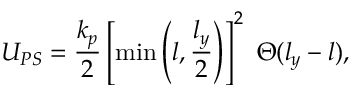
U _ { P S } = \frac { k _ { p } } { 2 } \left[ \operatorname* { m i n } \left( l , \frac { l _ { y } } { 2 } \right) \right] ^ { 2 } ~ \Theta ( l _ { y } - l ) ,